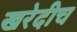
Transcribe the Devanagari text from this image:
खरेदीच